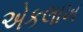
એકલાખ